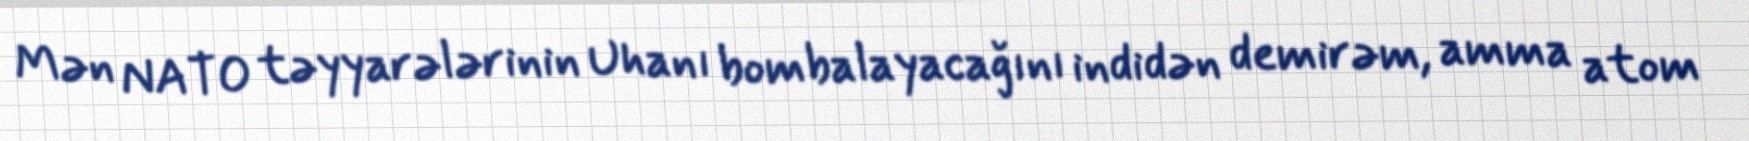
Mən NATO təyyarələrinin Uhanı bombalayacağını indidən demirəm, amma atom